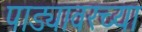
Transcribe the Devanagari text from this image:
पाड्यावरच्या